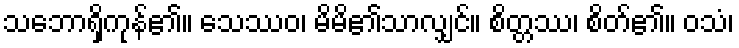
သဘောရှိကုန်၏။ သေဿဝ၊ မိမိ၏သာလျှင်။ စိတ္တဿ၊ စိတ်၏။ ဝသံ၊